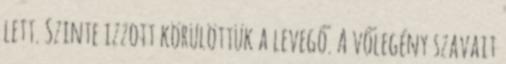
lett. Szinte izzott körülöttük a levegő. A vőlegény szavait